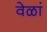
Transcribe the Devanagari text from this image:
वेळां